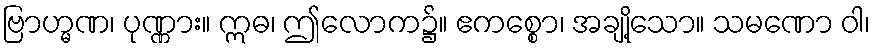
ဗြာဟ္မဏ၊ ပုဏ္ဏား။ ဣဓ၊ ဤလောက၌။ ဧကစ္စော၊ အချို့သော။ သမဏော ဝါ၊